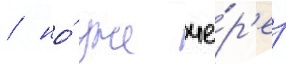
/ но́ уже че́р'ез